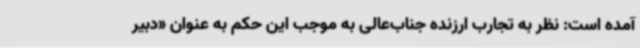
آمده است: نظر به تجارب ارزنده جناب‌عالی به موجب این حکم به عنوان «دبیر